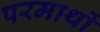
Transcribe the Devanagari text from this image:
परमार्थो